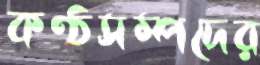
কণ্ঠসম্পদের